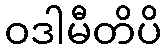
ဝဒါမီတိပိ